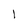
Character: I